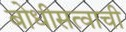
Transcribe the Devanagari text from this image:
बोधीसत्वाची